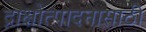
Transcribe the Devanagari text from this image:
द्राक्षोत्पादनासाठी